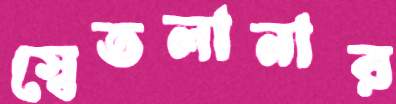
স্বেতলানার